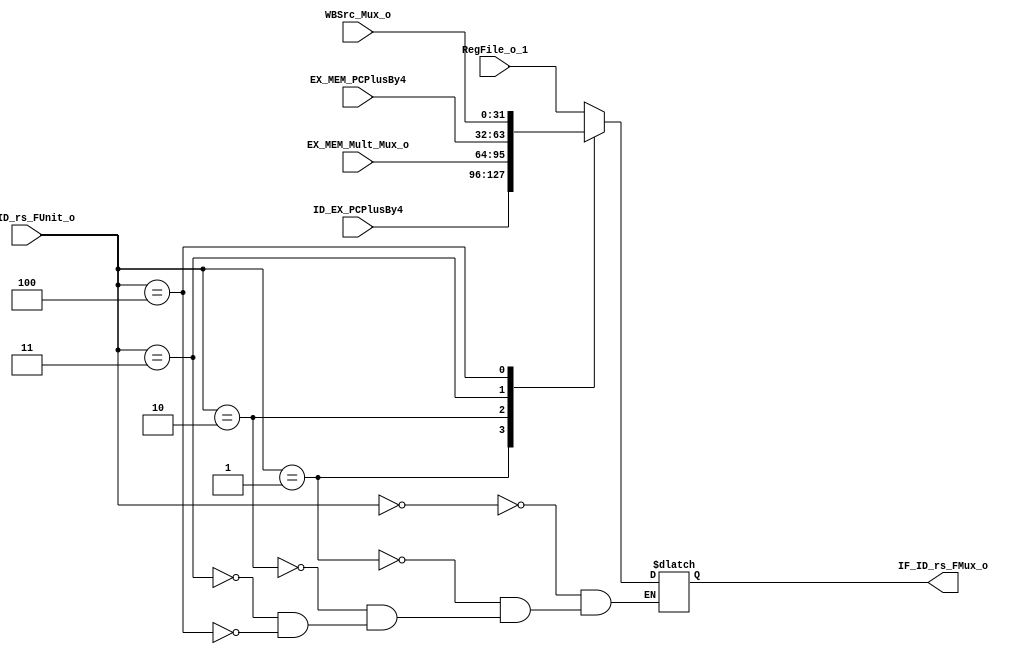
module IF_ID_rs_FMux(RegFile_o_1,ID_EX_PCPlusBy4,EX_MEM_Mult_Mux_o,EX_MEM_PCPlusBy4,WBSrc_Mux_o,
    IF_ID_rs_FUnit_o,
    IF_ID_rs_FMux_o
    );
    

    input[31:0] RegFile_o_1;
    input[31:0] ID_EX_PCPlusBy4;
    input[31:0] EX_MEM_Mult_Mux_o;
    input[31:0] EX_MEM_PCPlusBy4;
    input[31:0] WBSrc_Mux_o;
    
    input[2:0] IF_ID_rs_FUnit_o;
    
    output[31:0] IF_ID_rs_FMux_o;
    
    reg[31:0] Mux_reg;
    
    
    assign IF_ID_rs_FMux_o=Mux_reg;
    
    
    initial
      begin
        Mux_reg<=0;
      end
    
    always@( RegFile_o_1 or IF_ID_rs_FUnit_o or ID_EX_PCPlusBy4 or EX_MEM_Mult_Mux_o or EX_MEM_PCPlusBy4 or WBSrc_Mux_o)
      begin
        case(IF_ID_rs_FUnit_o)
          0:Mux_reg<=RegFile_o_1;
          1:Mux_reg<=ID_EX_PCPlusBy4;
          2:Mux_reg<=EX_MEM_Mult_Mux_o;
          3:Mux_reg<=EX_MEM_PCPlusBy4;
          4:Mux_reg<=WBSrc_Mux_o;
        endcase
      end
        
    
    
    
    
      
endmodule